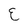
Character: E